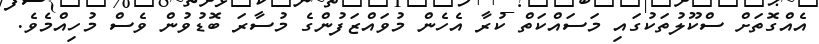
އެއްގޮތަށް ސްކޫލުތަކުގައި މަސައްކަތް ކުރާ އެހެން މުވައްޒަފުންގެ މުސާރަ ބޮޑުވުން ވެސް މުހިއްމެވެ.